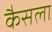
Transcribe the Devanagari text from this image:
कैसला